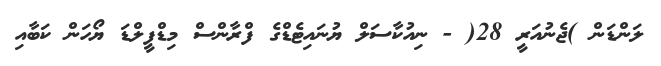
ލަންޑަން )ޖެނުއަރީ 28( - ނިއުކާސަލް ޔުނައިޓެޑްގެ ފްރާންސް މިޑްފީލްޑަ ޔޯހަން ކަބާއި